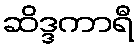
ဆိဒ္ဒကာရီ